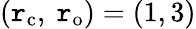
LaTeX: (\mathtt{r}_{\mathrm{{{c}}}},\ \mathtt{r}_{\mathrm{{{o}}}})=(1,3)